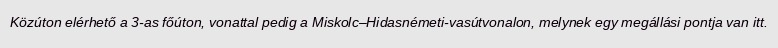
Közúton elérhető a 3-as főúton, vonattal pedig a Miskolc–Hidasnémeti-vasútvonalon, melynek egy megállási pontja van itt.